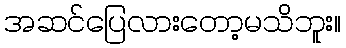
အဆင်ပြေလားတော့မသိဘူး။